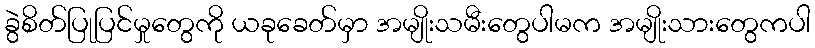
ခွဲစိတ်ပြုပြင်မှုတွေကို ယခုခေတ်မှာ အမျိုးသမီးတွေပါမက အမျိုးသားတွေကပါ